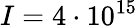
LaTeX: I=4\cdot 10^{15}